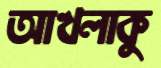
আখলাকু